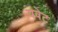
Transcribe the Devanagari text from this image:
यवेट